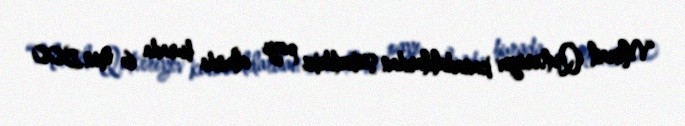
“Mixail Qutseriyev kanadalılardan şirkətdəki payı alanda burada 6 min 500